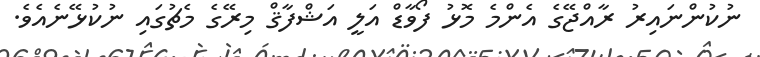
ނުކުންނައިރު ރާއްޖޭގެ އެންމެ މޮޅު ފޯވާޑް އަލީ އަޝްފާޤް މިރޭގެ މެޗުގައި ނުކުޅޭނެއެވެ.